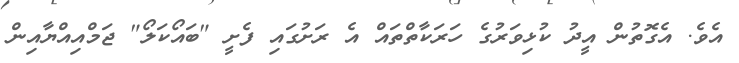
އެވެ. އެގޮތުން އީދު ކުޅިވަރުގެ ހަރަކާތްތައް އެ ރަށުގައި ފެށީ "ބައޯކަލޯ" ޖަމްއިއްޔާއިން